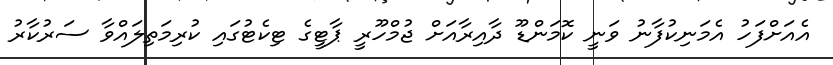
އެއަށްފަހު އެމަނިކުފާނު ވަނީ ކޮމަންޑޫ ދާއިރާއަށް ޖުމްހޫރީ ޕާޓީގެ ޓިކެޓުގައި ކުރިމަތިލައްވާ ސަރުކާރު